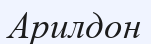
Арилдон